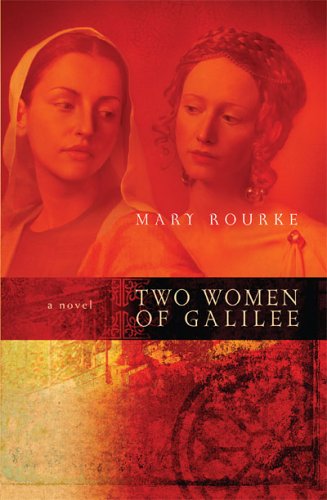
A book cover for Two Women Of Galilee; Mary Rourke; Christian Books & Bibles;